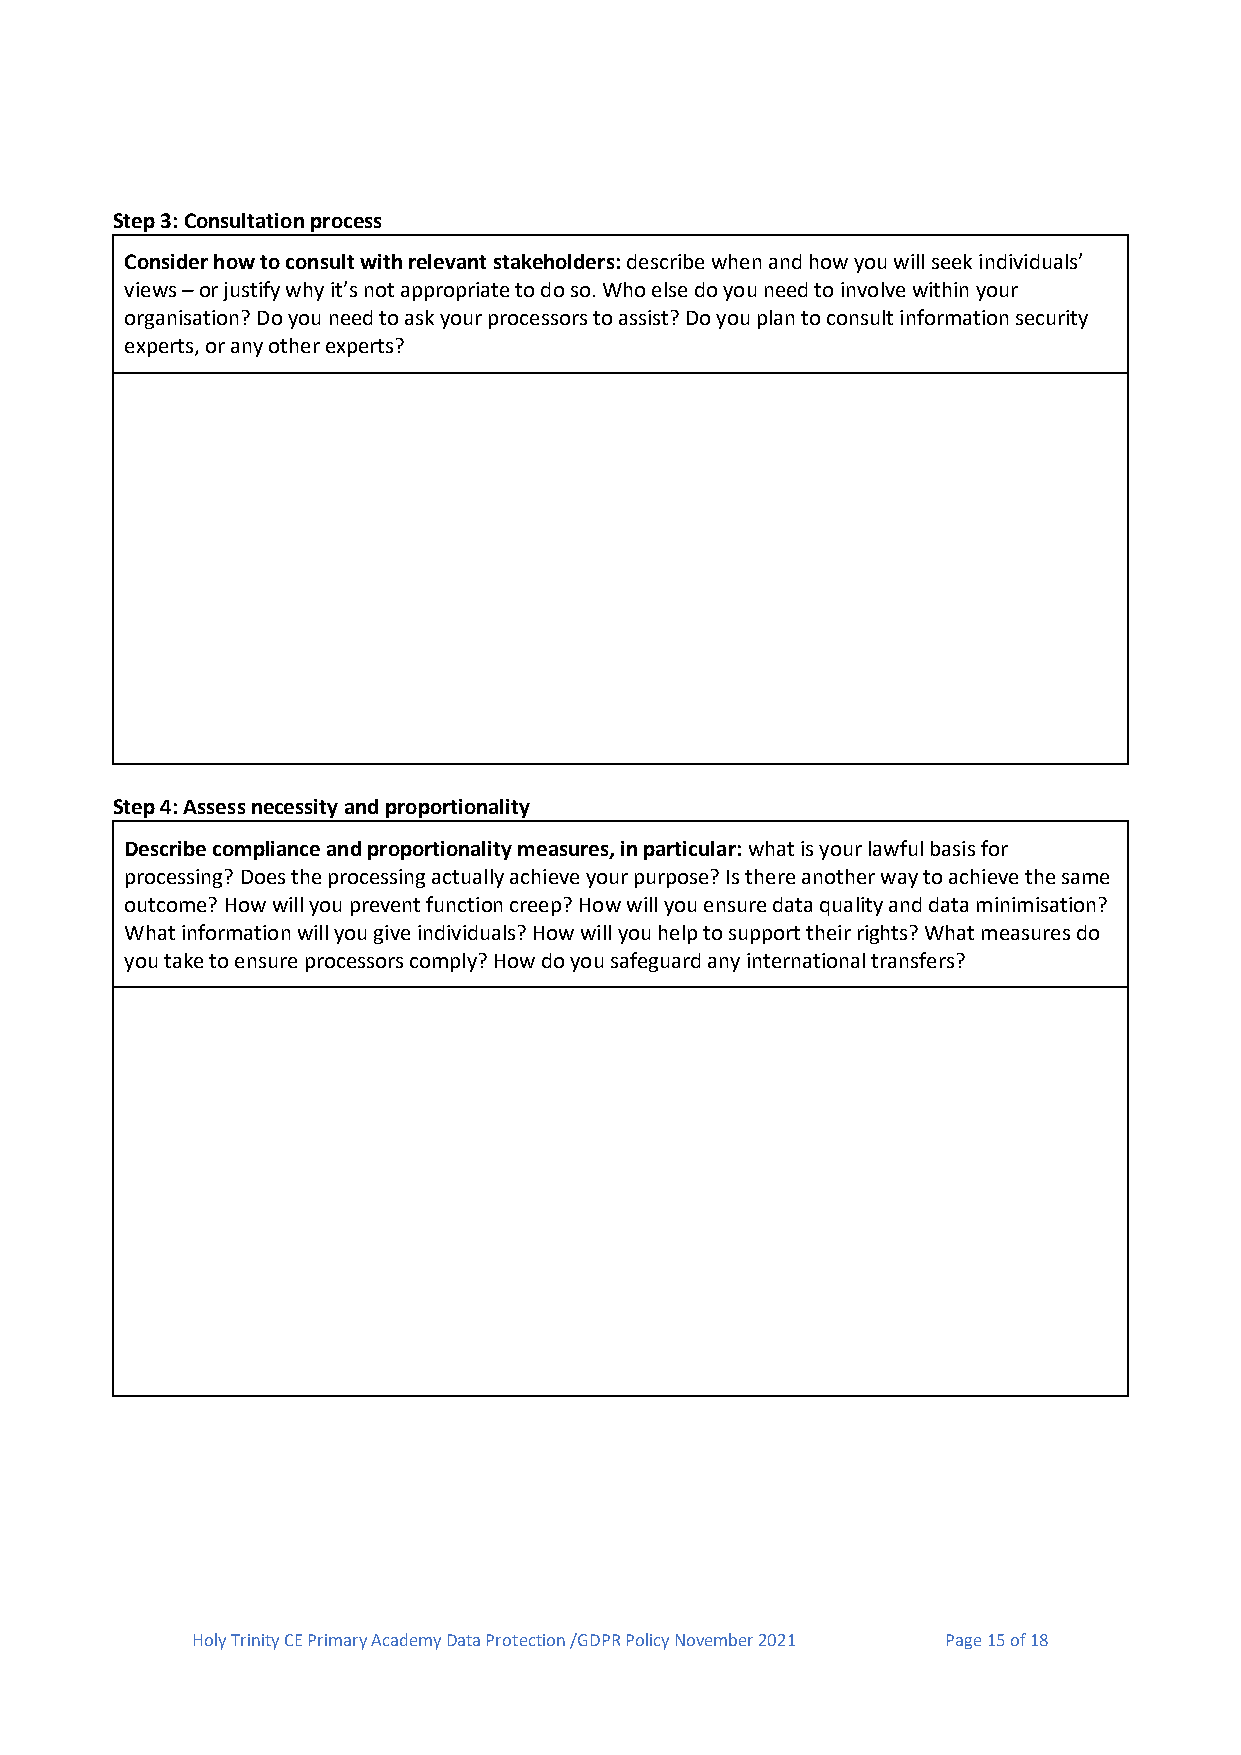
Step 3: Consultation process
 Consider how to consult with relevant stakeholders: describe when and how you will seek individuals’
 views – or justify why it’s not appropriate to do so. Who else do you need to involve within your
 organisation? Do you need to ask your processors to assist? Do you plan to consult information security
 experts, or any other experts?
 Step 4: Assess necessity and proportionality
 Describe compliance and proportionality measures, in particular: what is your lawful basis for
 processing? Does the processing actually achieve your purpose? Is there another way to achieve the same
 outcome? How will you prevent function creep? How will you ensure data quality and data minimisation?
 What information will you give individuals? How will you help to support their rights? What measures do
 you take to ensure processors comply? How do you safeguard any international transfers?
 Holy Trinity CE Primary Academy Data Protection /GDPR Policy November 2021 Page 15 of 18